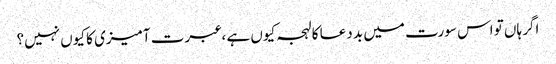
اگر ہاں تو اس سورت میں بد دعا کا لہجہ کیوں ہے ، عبرت آمیزی کا کیوں نہیں؟